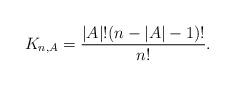
LaTeX: \begin{align*}K_{n,A} = \frac{|A|! (n - |A| - 1)!}{n!}.\end{align*}